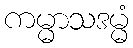
ကမ္မာသဒမ္မံ